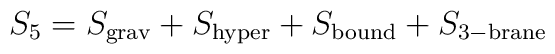
S_5=S_{\rm grav}+S_{\rm hyper}+S_{\rm bound}+S_{\rm 3-brane}